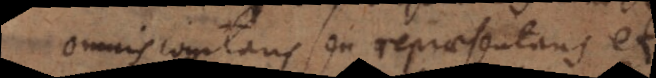
Omnis cogitans seu repraesentans et